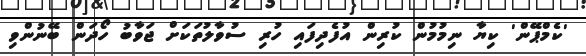
'ކެމްޕޭން' ކިޔާ ނިމުމުން ކުރިން އުފެދިފައި ހުރި ސުވާލުތަކަށް ޖަވާބު ހޯދަން ބޭނުންވި